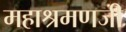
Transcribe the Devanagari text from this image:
महाश्रमणजी